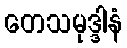
တေသမုဒ္ဒါနံ